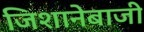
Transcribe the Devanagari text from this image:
जिशानेबाजी